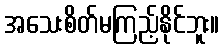
အသေးစိတ်မကြည့်နိုင်ဘူး။